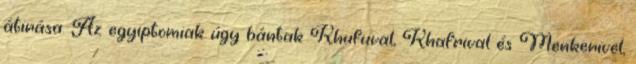
átirása. Az egyiptomiak úgy bántak Khufuval, Khafrival és Menkerivel,